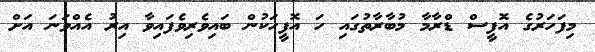
މިފަހަރުގެ އޮފީސް ޑްރާމާ މުބާރާތުގައި ހަ އޮފީހަކުން ބައިވެރިވެފައިވާ އިރު އެއްވަނަ އަށް